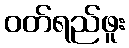
ဝတ်ရည်ဖူး